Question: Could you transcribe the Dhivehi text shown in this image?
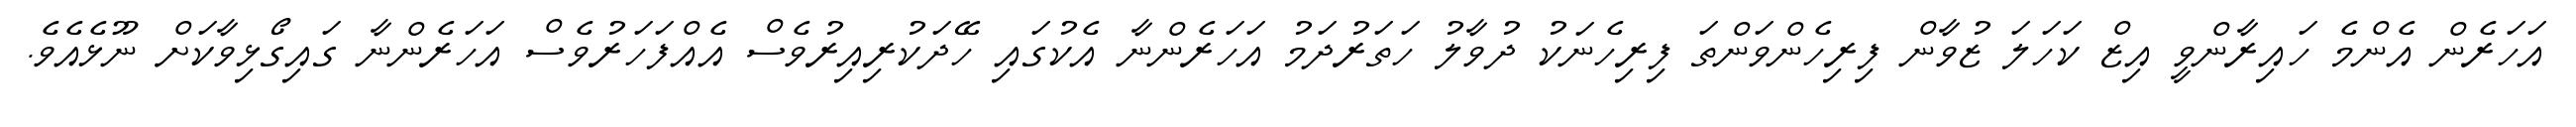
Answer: އަހަރެން އެންމެ ހައިރާންވީ އިޒް ކަހަލަ ޒުވާން ފިރިހެންވަންތަ ފިރިހެނަކު ދުވާލު ހަތަރުދަމު އަހަރެންނާ އެކުގައި ހޭދަކުރިއިރުވެސް އެއްފަހަރުވެސް އަހަރެންނާ ގައިގޯޅިވާކަށް ނޫޅެއެވެ.